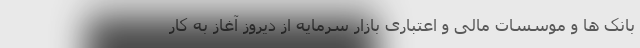
بانک ها و موسسات مالی و اعتباری بازار سرمایه از دیروز آغاز به کار